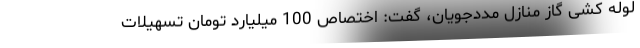
لوله کشی گاز منازل مددجویان، گفت: اختصاص 100 میلیارد تومان تسهیلات